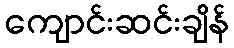
ကျောင်းဆင်းချိန်